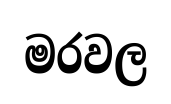
මරවල